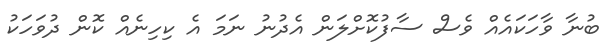
ބުނާ ވާހަކައެއް ވެސް ސާފުކޮށްލަން އެދުނު ނަމަ އެ ކިހިނެއް ކޮން ދުވަހަކު